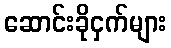
ဆောင်းခိုငှက်များ